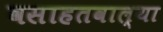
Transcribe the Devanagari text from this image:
वसाहतवाल्या